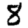
Digit: 8